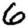
Digit: 6